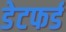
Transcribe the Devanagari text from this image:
डेटफर्ड